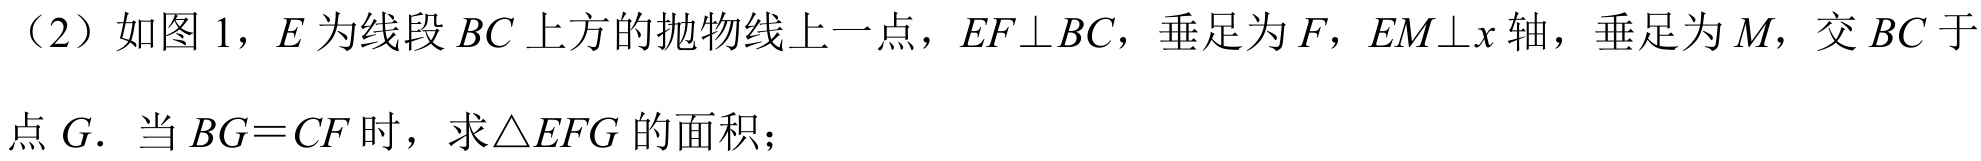
（2）如图 1，$E$为线段$BC$上方的抛物线上一点，$EF\perp BC$，垂足为$F$，$EM\perp x$轴，垂足为$M$，交$BC$于
点$G$．当$BG = CF$时，求$\triangle EFG$的面积；